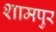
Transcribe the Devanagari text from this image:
शामपुर